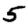
Digit: 5